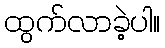
ထွက်လာခဲ့ပါ။